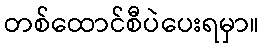
တစ်ထောင်စီပဲပေးရမှာ။